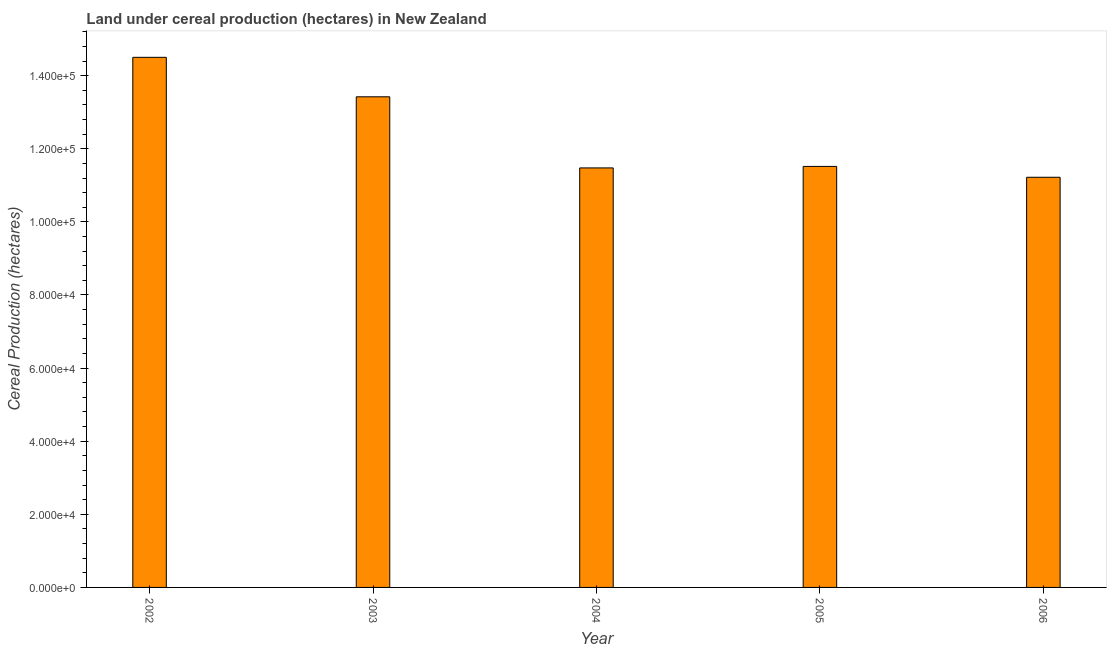
| Year | Land under cereal production (hectares) |
 | --- | --- |
 | 2002 | 1.45e+05 |
 | 2003 | 1.34e+05 |
 | 2004 | 1.15e+05 |
 | 2005 | 1.15e+05 |
 | 2006 | 1.12e+05 |